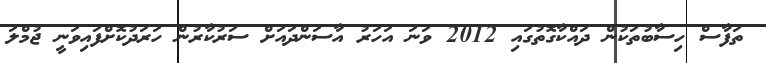
ތަފާސް ހިސާބުތަކުން ދައްކާގޮތުގައި 2012 ވަނަ އަހަރު އާސަންދައަށް ސަރުކާރުން ހަރަދުކޮށްފައިވަނީ ޖުމްލަ